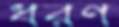
ধরণ